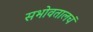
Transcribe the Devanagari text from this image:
सभोवतालचं